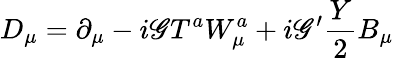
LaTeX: D_{\mu}=\partial_{\mu}-i\mathscr{G}T^{a}W_{\mu}^{a}+i\mathscr{G}^{\prime}\frac{{Y}}{{2}}B_{\mu}